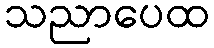
သညာပေထ